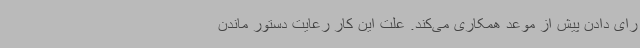
رای دادن پیش از موعد همکاری می‌کند. علت این کار رعایت دستور ماندن